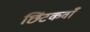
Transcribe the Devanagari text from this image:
छिंटकवाँ